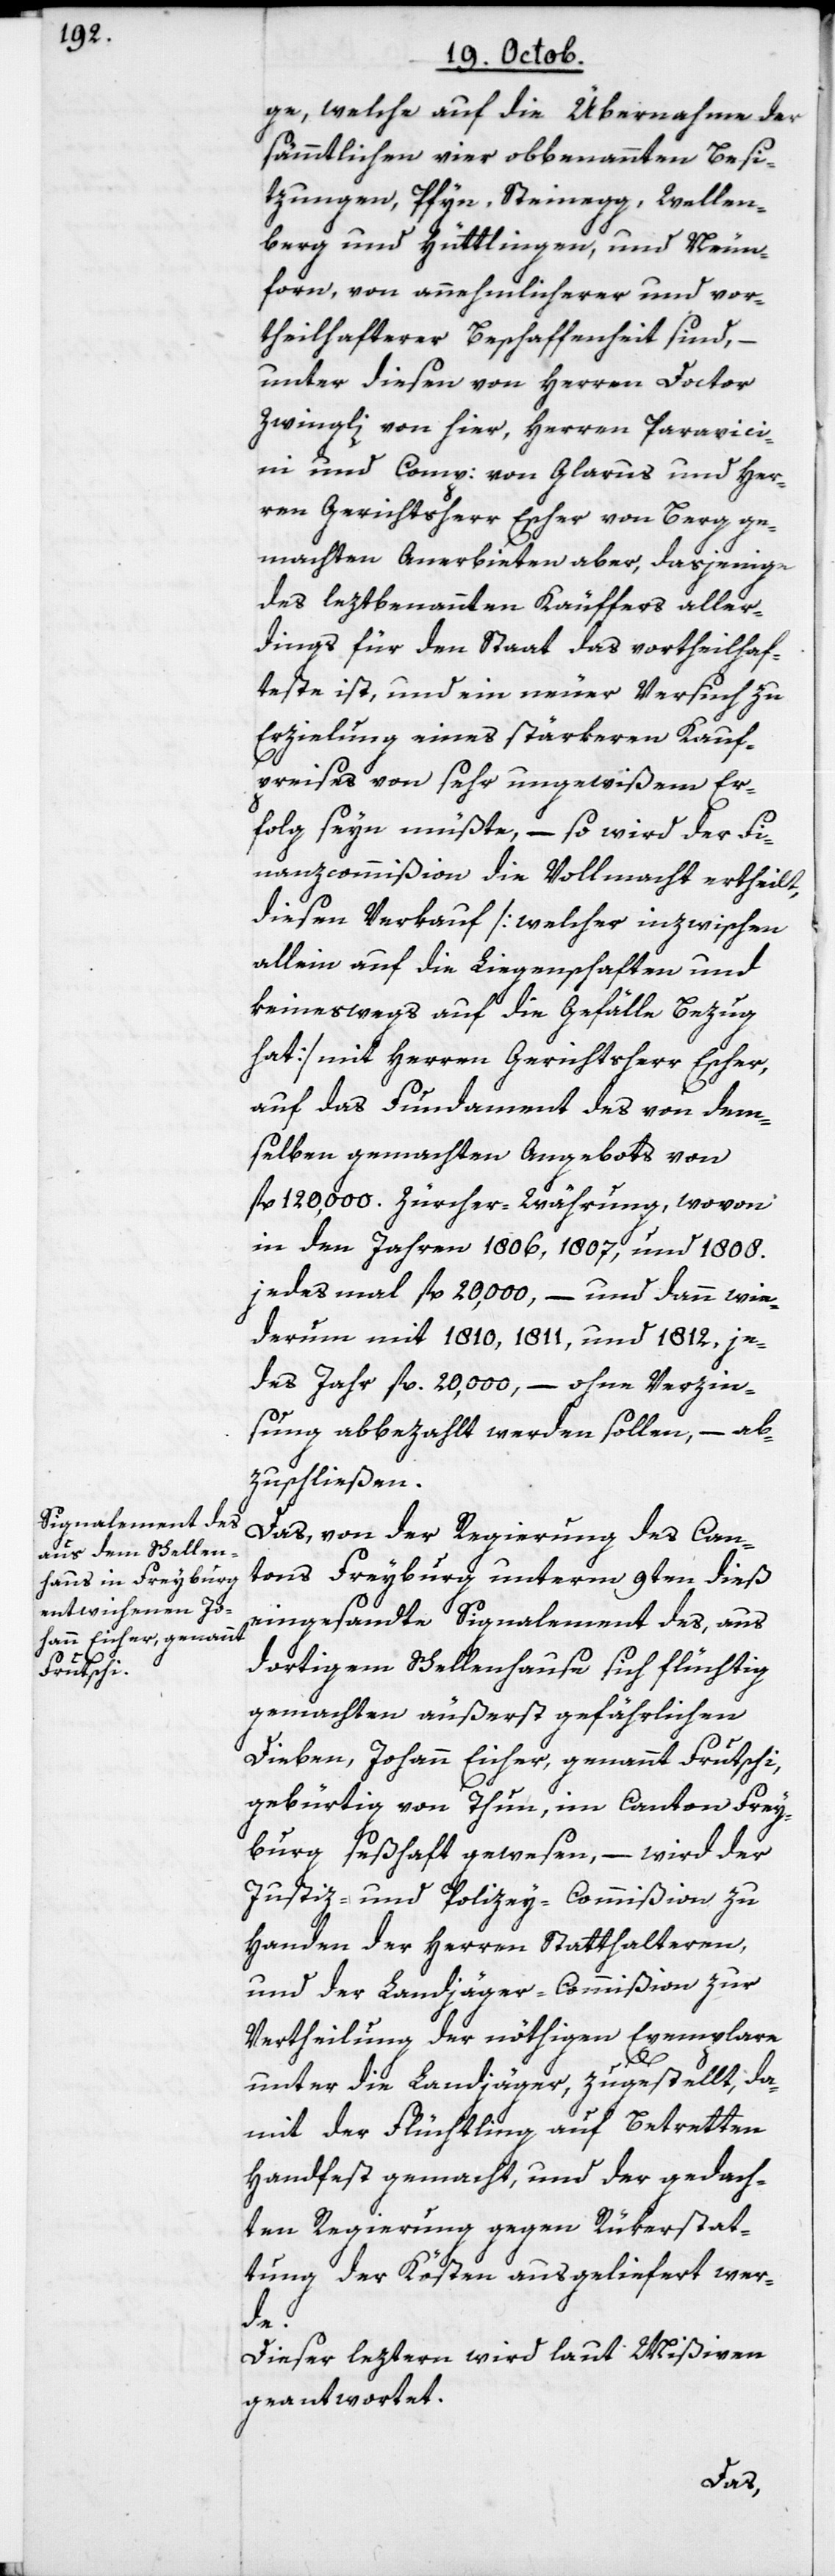
ge, welche auf die Übernahme der
sämmtlichen vier obbenannten Besi¬
tzungen, Pfyn, Steinegg, Wellen¬
berg und Hüttlingen, und Neun¬
forn, von annnehmlicherer und vor¬
theilhafterer Beschaffenheit sind, –
unter diesen von Herrn Doctor
Zwingli von hier, Herren Paravici¬
ni und Comp: von Glarus und Her¬
ren Gerichtsherr Escher von Berg ge¬
machten Anerbieten aber, dasjenige
des leztbenannten Käuffers aller¬
dings für den Staat das vortheilhaf¬
teste ist, und ein neuer Versuch zu
Erzielung eines stärkeren Kauf¬
preises von sehr ungewißem Er¬
folg sein müßte, – so wird der Fi¬
nanzcommißion die Vollmacht ertheilt
diesen Verkauf [welcher inzwischen
allein auf die Liegenschaften und
keineswegs auf die Gefälle Bezug
hat], mit Herrn Gerichtsherr Escher,
auf das Fundament des von dem¬
selben gemachten Angebots von
fl. 120,000. Zürcher-Währung, wovon
in den Jahren 1806, 1807 und 1808.
jedes mal fl. 20,000, – und dann wie¬
derum mit 1810, 1811 und 1812, je¬
des Jahr fl. 20'000, – ohne Verzin¬
sung abbezahlt werden sollen, – ab¬
zuschließen.
Das, von der Regierung des Can¬
tons Freyburg unterm 9ten dieß
eingesansdte Signalement des, aus
dortigem Schellenhause sich flüchtig
gemachten äußerst gefährlichen
Dieben, Johann Eicher, genannt Frutschi,
gebürtig von Thun, im Canton Frey¬
burg seßhaft gewesen, – wird der
Justiz- und Polizey-Commißion zu
Handen der Herren Statthalteren,
und der Landjäger-Commißion zur
Vertheilung der nöthigen Exemplare
unter die Landjäger zugestellt, da¬
mit der Flüchtling auf Betretten
handfest gemacht, und der gedach¬
ten Regierung gegen Rükerstat¬
tung der Kösten ausgeliefert wer¬
de.
Dieser leztern wird laut Mißiven
geantwortet.